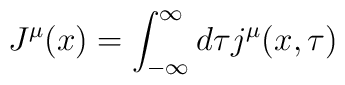
J^{\mu}(x)=\int_{-\infty}^{\infty} d\tau j^{\mu}(x,\tau)